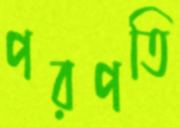
পরপতি